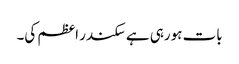
بات ہورہی ہے سکندر اعظم کی۔